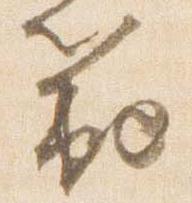
範